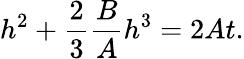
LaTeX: h^{2}+\frac 23\frac{B}{A}h^{3}=2At.